65_HS1-834228961_62-HQ-83894_Section_3
Agency: FBI
Page 7
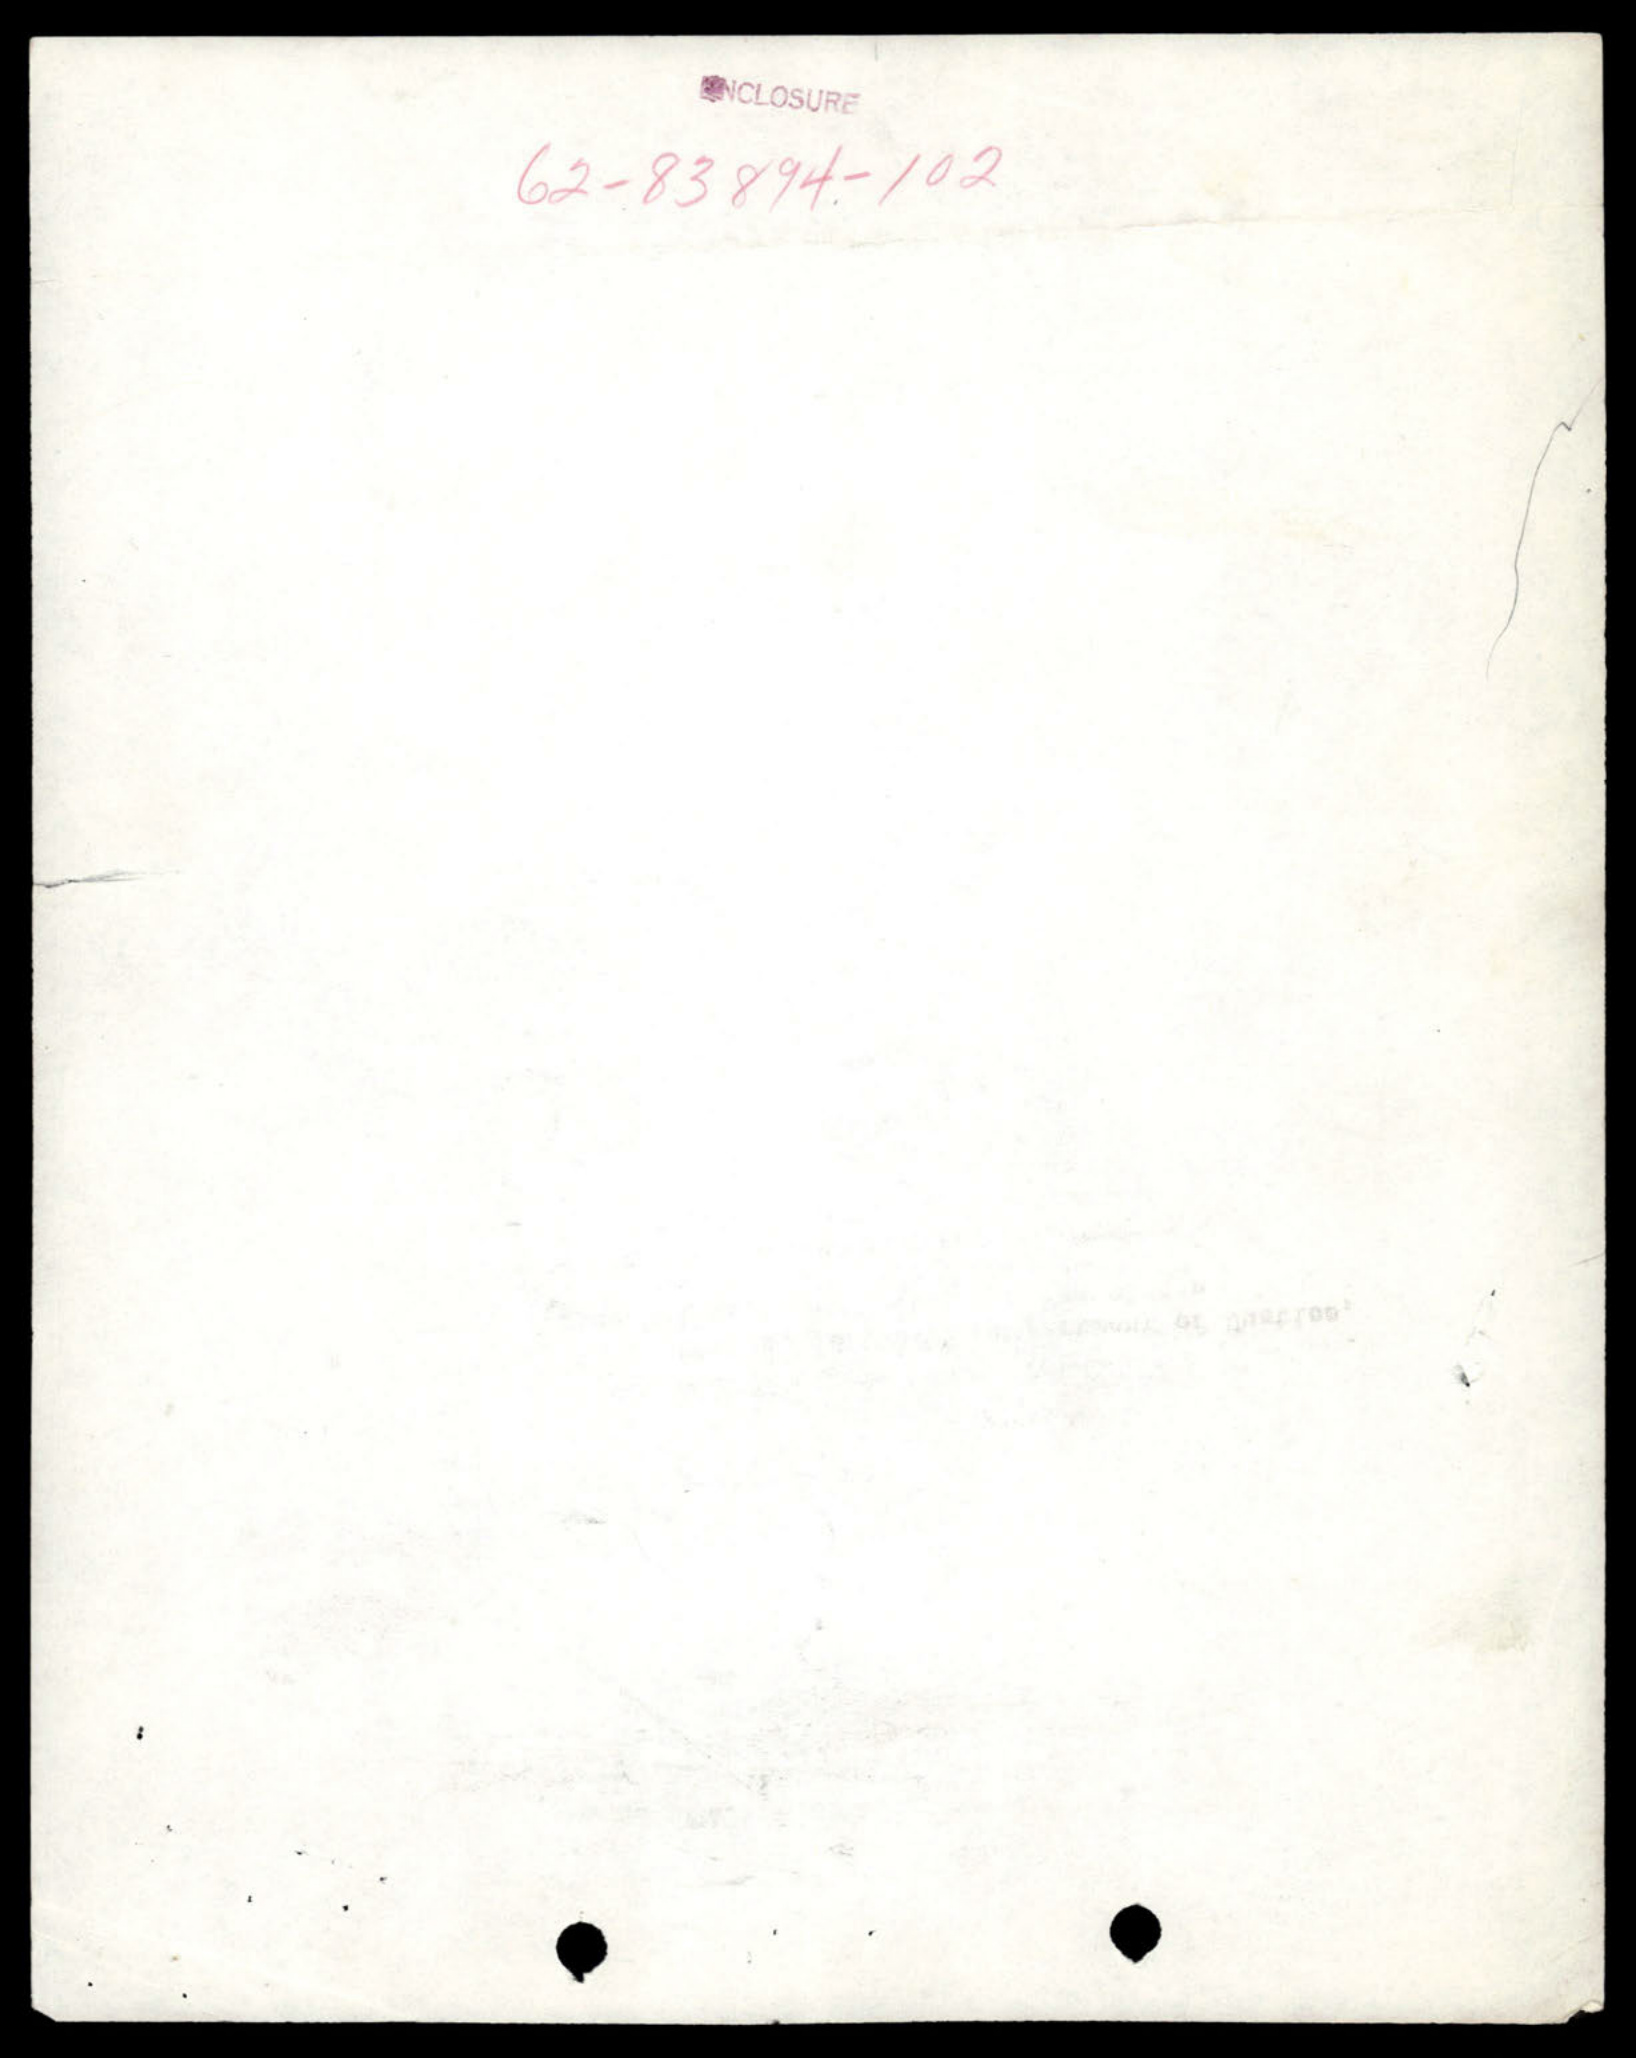